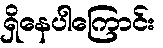
ရှိနေပါကြောင်း